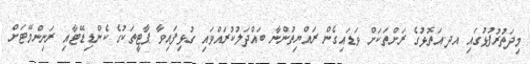
މިދަތުރުފުޅުގައި އދ.އަތޮޅުގެ ރަށްތަކަށް ވަޑައިގެން ރައްޔިތުންނާ ބައްދަލުކުރައްވައި ގުޅިފައިވާ ޕާޓީތަކުގެ ކެންޑިޑޭޓާއި ރަނިންމޭޓަށް